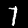
Digit: 7